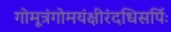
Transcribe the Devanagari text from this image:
गोमूत्रंगोमयंक्षीरंदधिसर्पिः